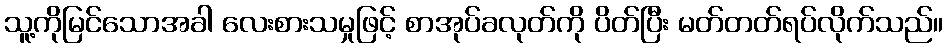
သူ့ကိုမြင်သောအခါ လေးစားသမှုဖြင့် စာအုပ်ခလုတ်ကို ပိတ်ပြီး မတ်တတ်ရပ်လိုက်သည်။